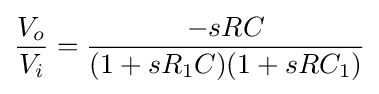
{\frac {V_{o}}{V_{i}}}={\frac {-sRC}{(1+sR_{1}C)(1+sRC_{1})}}